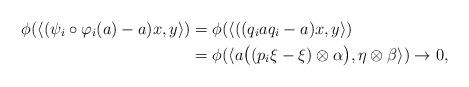
LaTeX: \begin{align*}\phi(\langle(\psi_i\circ\varphi_i(a)-a)x,y\rangle)&=\phi(\langle((q_iaq_i-a)x,y\rangle)\\& =\phi(\langle a\big((p_i\xi-\xi)\otimes\alpha\big),\eta\otimes\beta\rangle)\to 0, \end{align*}